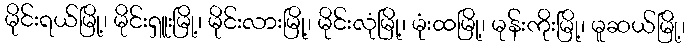
မိုင်းရယ်မြို့၊ မိုင်းရှူးမြို့၊ မိုင်းလားမြို့၊ မိုင်းလုံမြို့၊ မုံးထမြို့၊ မုန်းကိုးမြို့၊ မူဆယ်မြို့၊